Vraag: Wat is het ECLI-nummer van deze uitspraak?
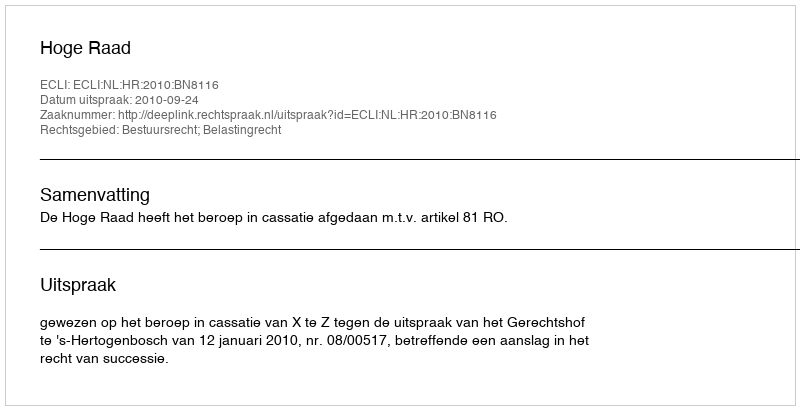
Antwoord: ECLI:NL:HR:2010:BN8116